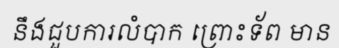
នឹងជួបការលំបាក ព្រោះទ័ព មាន